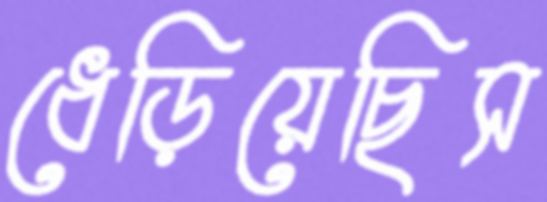
ধেড়িয়েছিস